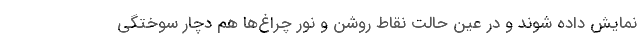
نمایش داده شوند و در عین حالت نقاط روشن و نور چراغ‌ها هم دچار سوختگی